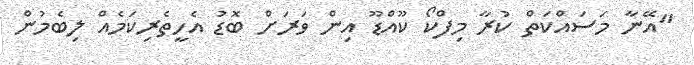
"އޭނާ މަސައްކަތް ކުރާ މިފްކޯ ކޫއްޑޫ އިން ވަރަށް ބޮޑު އެހީތެރިކަމެއް ލިބެމުން